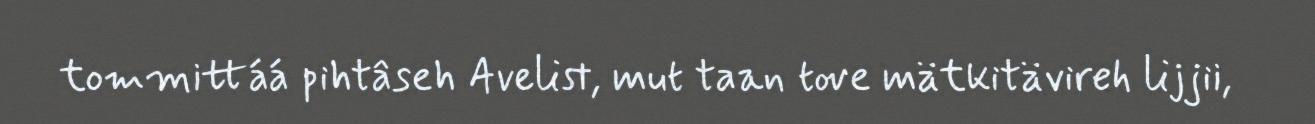
tommittáá pihtâseh Avelist, mut taan tove mätkitävireh lijjii,